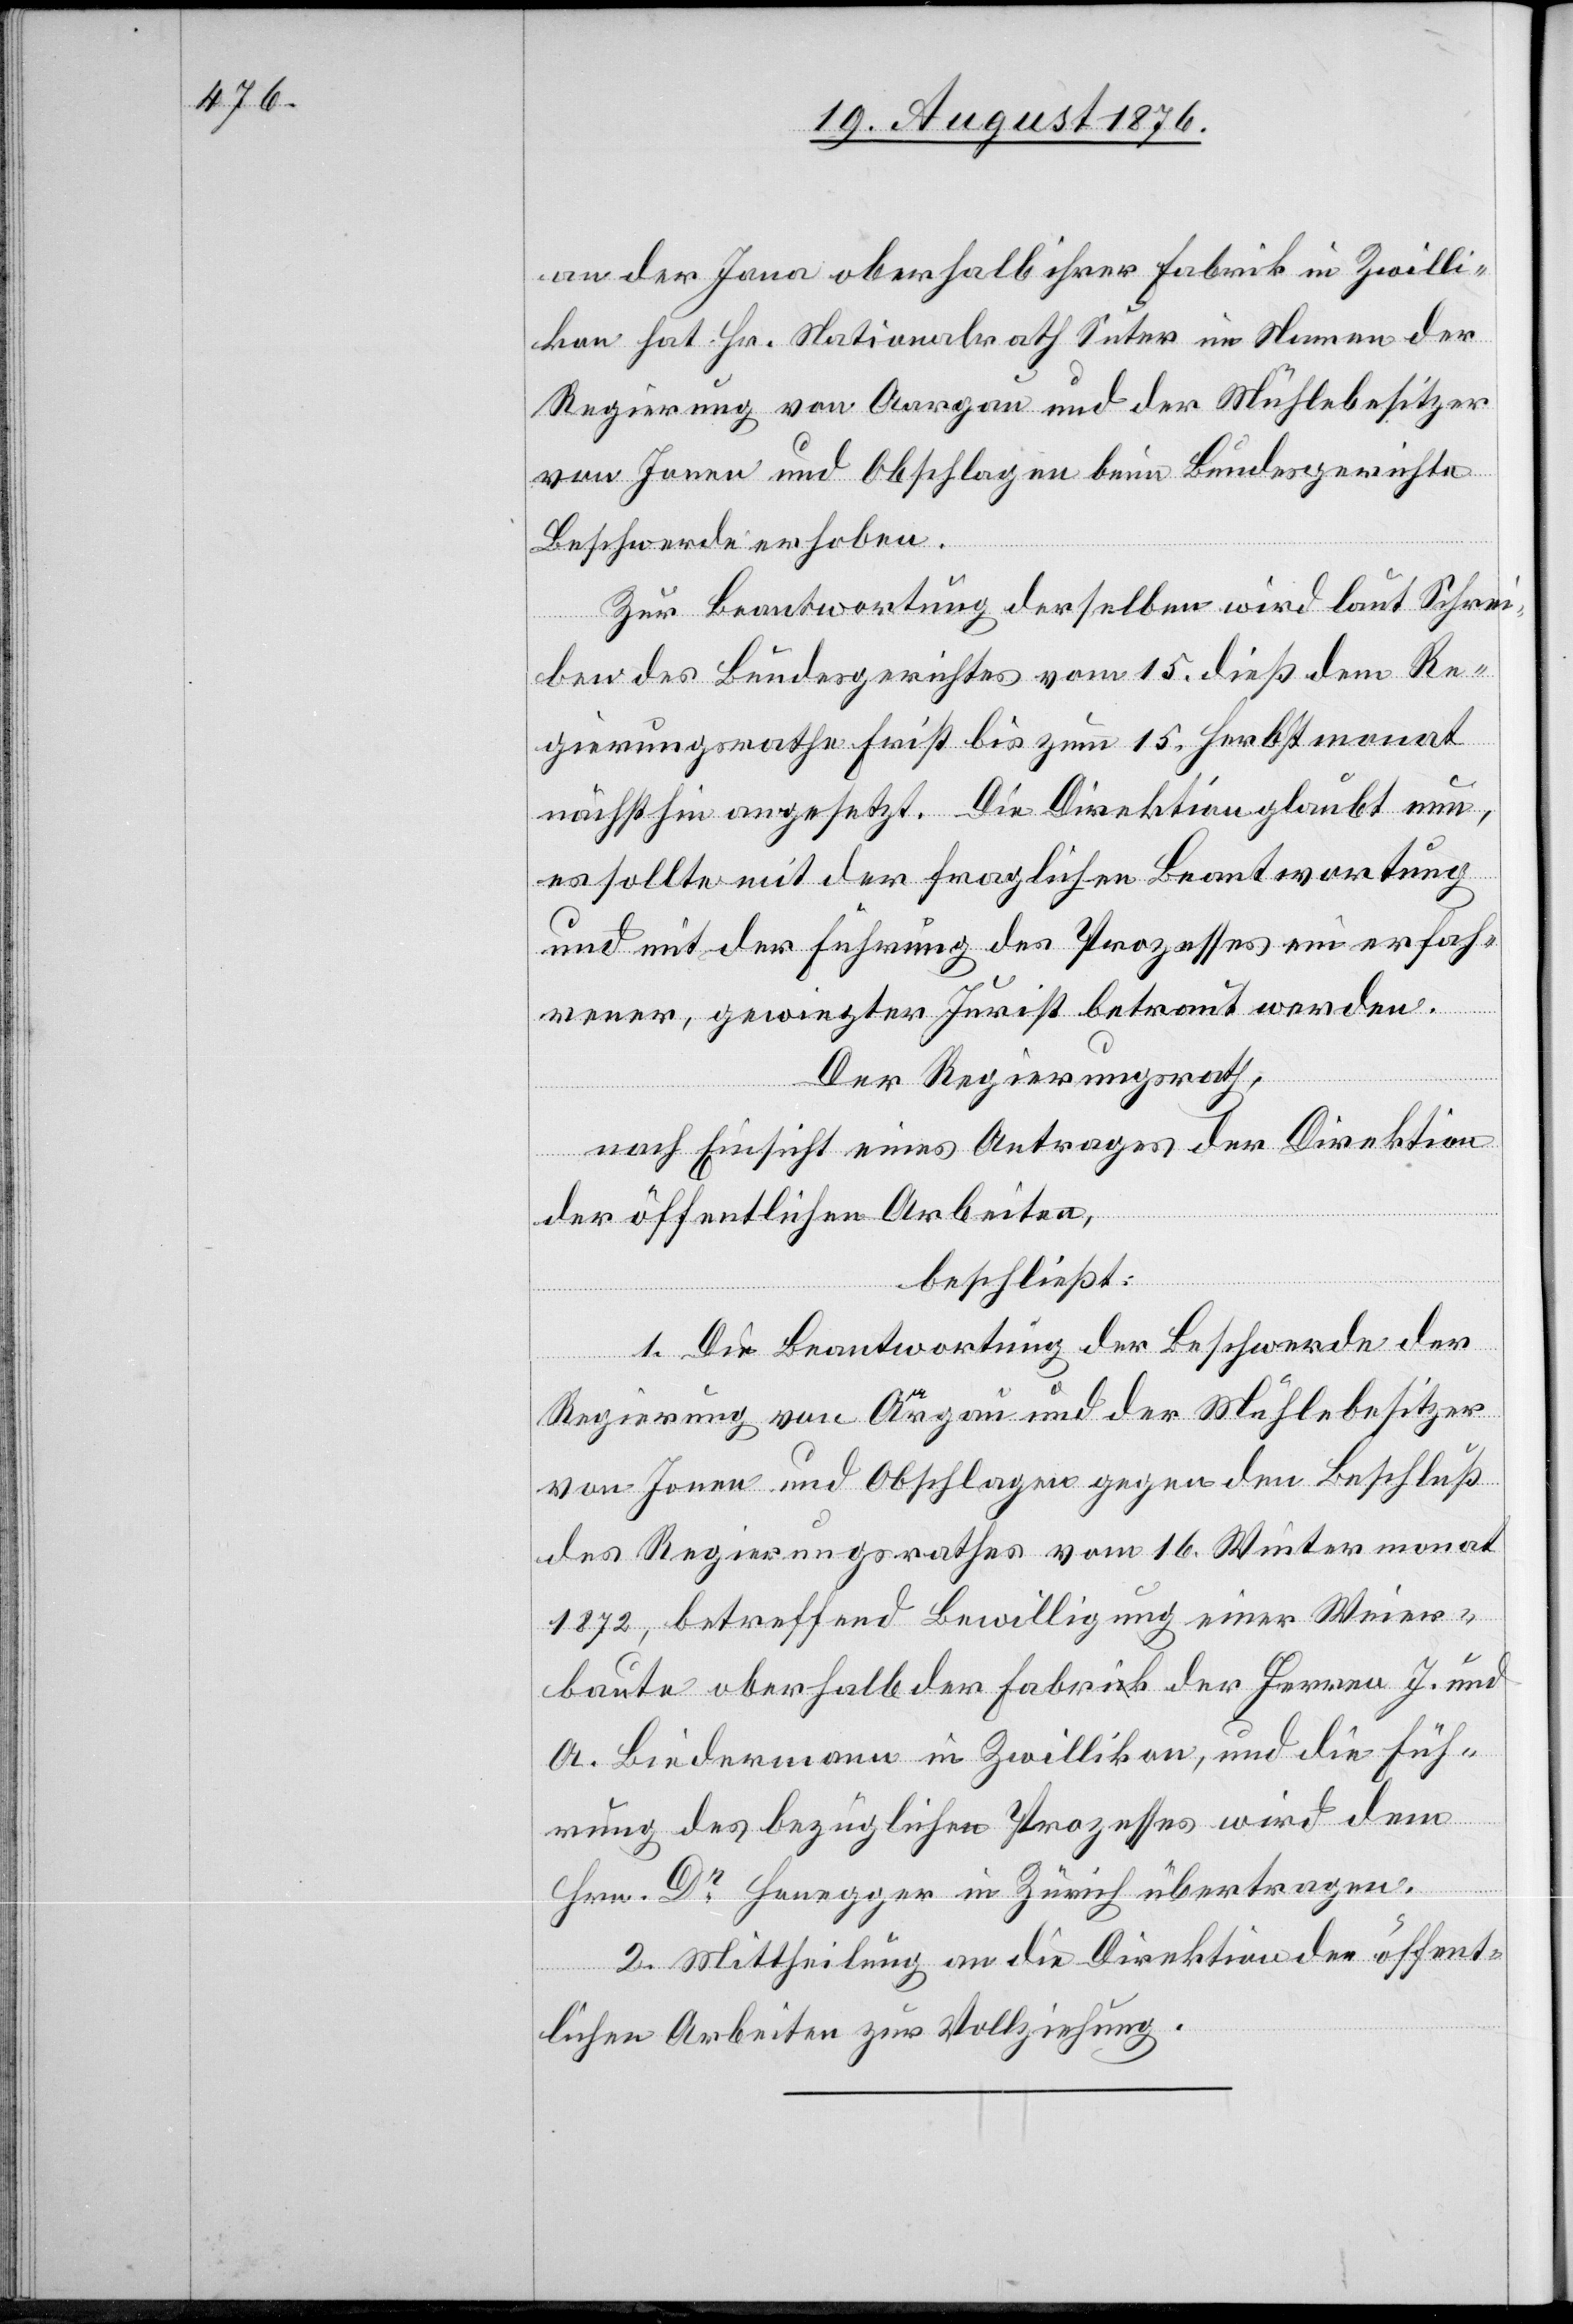
an der Jona oberhalb ihrer Fabrik in Zwilli¬
kon hat Hr. Nationalrath Suter im Namen der
Regierung von Aargau und der Mühlebesitzer
von Jonen und Obschlagen beim Bundesgerichte
Beschwerde erhoben.
Zur Beantwortung derselben wird laut Schrei¬
ben des Bundesgerichtes vom 15. dieß dem Re¬
gierungsrathe Frist bis zum 15. Herbstmonat
nächsthin angesetzt. Die Direktion glaubt nun,
es sollte mit der fraglichen Beantwortung
und mit der Führung des Prozesses ein erfah¬
rener, gewiegter Jurist betraut werden.
Der Regierungsrath,
nach Einsicht eines Antrages der Direktion
der öffentlichen Arbeiten,
beschließt:
1. Die Beantwortung der Beschwerde der
von Jonen und Obschlagen gegen den Beschluß
des Regierungsrathes vom 16. Wintermonat
1872, betreffend Bewilligung einer Weier¬
baute oberhalb der Fabrik der Herren J. und
A. Biedermann in Zwillikon, und die Füh¬
rung des bezüglichen Prozesses wird dem
Hrn. Dr Honegger in Zürich übertragen.
2. Mittheilung an die Direktion der öffent¬
lichen Arbeiten zur Vollziehung.